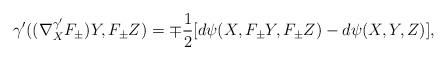
LaTeX: \begin{align*} \gamma'((\nabla^{\gamma'}_XF_\pm)Y,F_\pm Z)= \mp\frac{1}{2}[d\psi(X,F_\pm Y,F_\pm Z)-d\psi(X,Y,Z)],\end{align*}